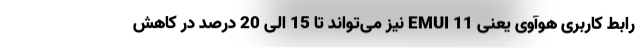
رابط کاربری هوآوی یعنی EMUI 11 نیز می‌تواند تا 15 الی 20 درصد در کاهش